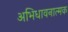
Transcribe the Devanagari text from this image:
अभिधावनात्मक